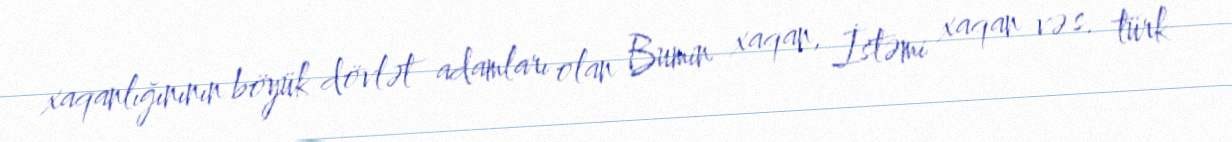
xaqanlığınının böyük dövlət adamları olan Bumin xaqan, İstəmi xaqan və s. türk